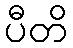
ပီတိ